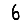
Digit: 6